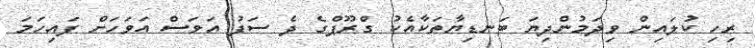
ރިހި ކުލައިން ވިދަމުންދިޔަ ބަނޑިޔާތަކާއެކު ގްރޫޕްގެ ދެ ސަފު އަވަސް އަވަހަށް ފައިހަމަ